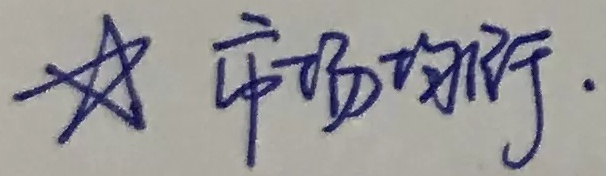
☆ 市场均衡.